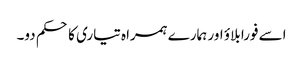
اسے فورا بلاؤ اور ہمارے ہمراہ تیاری کا حکم دو۔